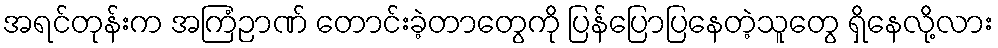
အရင်တုန်းက အကြံဉာဏ် တောင်းခဲ့တာတွေကို ပြန်ပြောပြနေတဲ့သူတွေ ရှိနေလို့လား